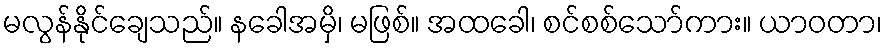
မလွန်နိုင်ချေသည်။ နခေါအမှိ၊ မဖြစ်။ အထခေါ၊ စင်စစ်သော်ကား။ ယာဝတာ၊